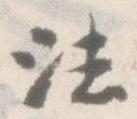
法